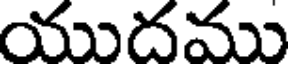
యుదము